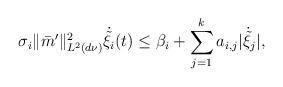
LaTeX: \begin{align*}\sigma_i\|\bar{m}'\|_{L^2(d\nu)}^2\dot{\tilde\xi}_i(t)\leq\beta_i+\sum_{j=1}^ka_{i,j}|\dot{\tilde\xi}_j|,\end{align*}